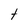
Character: t